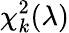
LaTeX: \chi_{k}^{2}(\lambda)